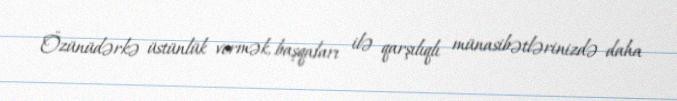
Özünüdərkə üstünlük vermək, başqaları ilə qarşılıqlı münasibətlərinizdə daha